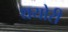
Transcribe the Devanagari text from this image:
थयोरी